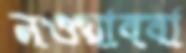
নওয়াববা